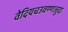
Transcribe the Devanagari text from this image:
वेदियचउवण्णजुदा